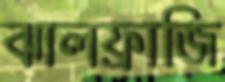
ঝালফ্রাজি